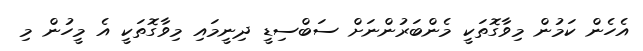
އެހެން ކަމުން މިވާގޮތަކީ މެންބަރުންނަށް ސަބްސިޑީ ދިނީމައި މިވާގޮތަކީ އެ މީހުން މި